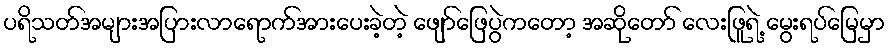
ပရိသတ်အများအပြားလာရောက်အားပေးခဲ့တဲ့ ဖျော်ဖြေပွဲကတော့ အဆိုတော် လေးဖြူရဲ့ မွေးရပ်မြေမှာ